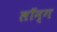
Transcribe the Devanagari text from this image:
लॉन्‍ग